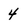
Character: 4